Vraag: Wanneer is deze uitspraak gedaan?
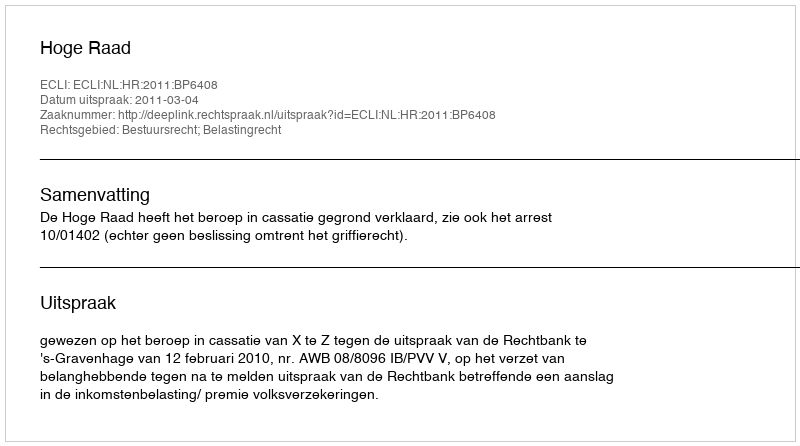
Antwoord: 2011-03-04